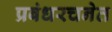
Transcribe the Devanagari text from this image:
प्रबंधरचनेत